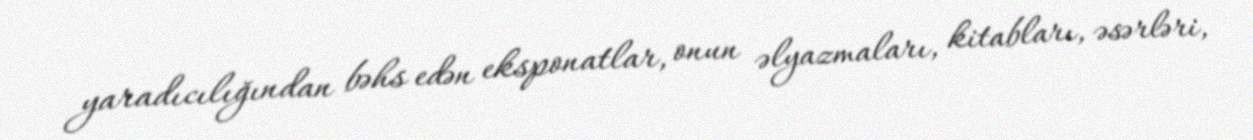
yaradıcılığından bəhs edən eksponatlar, onun əlyazmaları, kitabları, əsərləri,